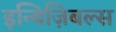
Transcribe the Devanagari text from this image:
इन्विज़िबल्स